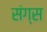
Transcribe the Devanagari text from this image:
संग्स